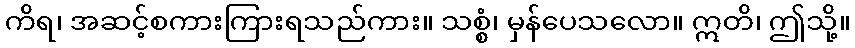
ကိရ၊ အဆင့်စကားကြားရသည်ကား။ သစ္စံ၊ မှန်ပေသလော။ ဣတိ၊ ဤသို့။